Civil Veterinary Dept. Assam report 1911-1927 - 1911-1927
Year: 1911
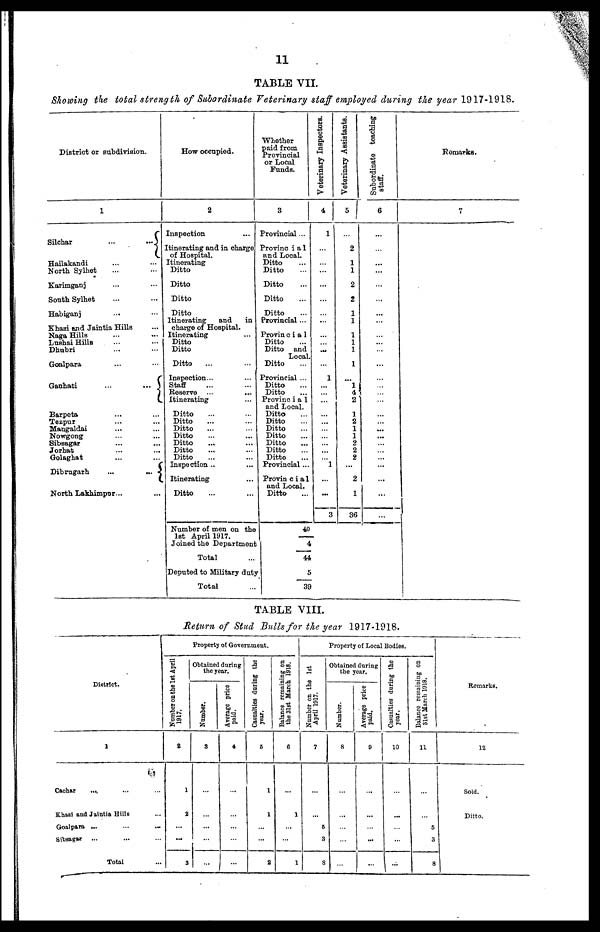
11
TABLE VII.
Showing the total strength of Subordinate Veterinary staff employed during the year 1917-1918.
District or subdivision.
1
Silchar
...
...
Hailakandi ... ...
North Sylhet ... ...
Karimganj ... ...
South Sylhet ... ...
Habiganj ... ...
Khasi and Jaintia Hills ...
Nags Hills
Luahai Hills ... ...
Dhubri ... ...
Goalpara ... ...
Gauhati
...
...
Barpeta ... ...
Tezpur ... ...
Mangaldai ... ...
Nowgong ... ...
Sibsagar ... ...
Jorhat ... ...
Golaghat ... ...
Dibrugarh
...
...
North Lakhimpur ... ...
How occupied.
2
Inspection ...
Itinerating and in charge
of Hospital.
Itinerating
Ditto
Ditto
Ditto
Ditto
Itinerating
and in
charge of Hospital.
Itinerating ...
Ditto
Ditto
Ditto ... ...
Inspection... ...
Staff ... ...
Reserve ... ...
Itinerating ...
Ditto ... ...
Ditto ... ...
Ditto ... ...
Ditto ... ...
Ditto ... ...
Ditto ... ...
Ditto ... ...
Inspection ... ...
Itinerating ...
Ditto ... ...
Number of men on the
1st April 1917.
Joined the Department
Total ...
Deputed to Military duty
Total ...
Whether
paid from
Provincial
or Local
Funds.
3
Provincial ...
Provinc i a 1
and Local.
Ditto ...
Ditto ...
Ditto ...
Ditto ...
Ditto ...
Provincial ...
Provin c i a 1
Ditto ...
Ditto and
Local.
Ditto ...
Provincial ...
Ditto ...
Ditto ...
Provinc i a 1
and Local.
Ditto ...
Ditto ...
Ditto ...
Ditto ...
Ditto ...
Ditto ...
Ditto ...
Provincial ...
Provin c i a 1
and Local.
Ditto ...
40
...
4
44
5
39
Veterinary Inspectors.
4
1
...
...
...
...
...
...
...
...
...
...
...
1
...
...
...
...
...
...
...
...
...
... 1
...
...
3
Veterinary Assistants.
5
...
2
1
1
2
2
1
1
1
1
1
1
...
1
4
2
1
2 1
1
2
2
2
...
2
1
36
Subordinate teaching
staff.
6
...
...
...
...
...
...
...
...
...
...
...
...
...
...
...
...
...
...
...
...
...
...
...
...
...
...
...
Remarks.
7
TABLE VIII.
Return of Stud Bulls for the year 1917-1918.
District.
1
Cachar ... ... ...
Khasi and Jaintia Hills ...
Goalpara ... ... ...
Sibsagar
... ... ...
Total ...
Property of Government.
Number on the 1st April
1917.
2
1
2
...
...
3
Obtained during
the year.
Number.
3
...
...
...
...
...
Average price
paid.
4
...
...
...
...
...
Casualties during the
year.
5
1
1
...
...
2
Balance remaining on
the 31st March 1918.
6
...
1
...
...
1
Property of Local Bodies.
Number on the 1st
April 1917.
7
...
...
6
3
8
Obtained daring
the year.
Number.
8
...
...
...
...
...
Average price
paid.
9
...
...
...
...
...
Casualties during the
year.
10
...
...
...
...
...
Balance remaining on
31st March 1918.
11
...
...
5
3
8
Remarks.
12
Sold.
Ditto.